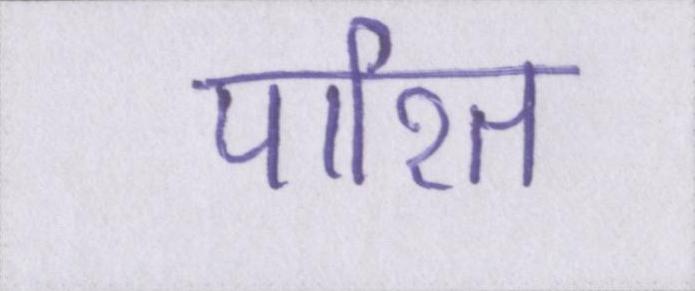
पारित